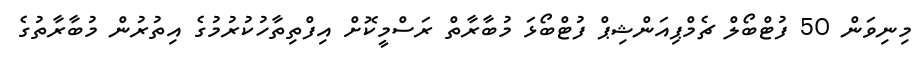
މިނިވަން 50 ފުޓްބޯލް ޗެމްޕިއަންޝިޕް ފުޓްބޯޅަ މުބާރާތް ރަސްމީކޮށް އިފްތިތާހުކުރުމުގެ އިތުރުން މުބާރާތުގެ